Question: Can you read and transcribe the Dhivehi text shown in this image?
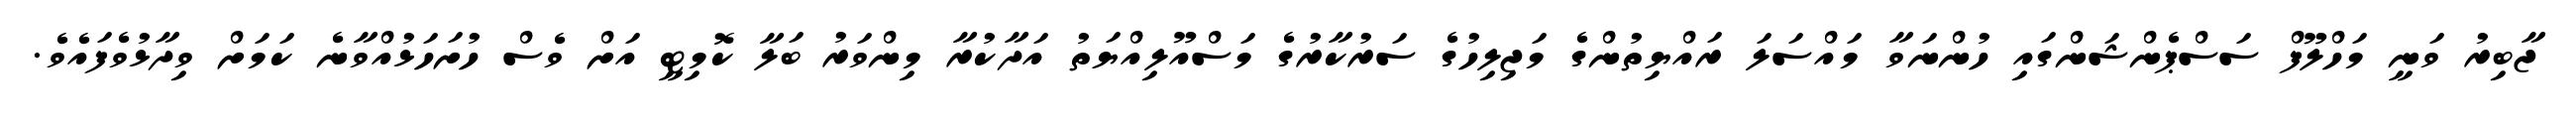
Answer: ޖާބިރު ވަނީ މަހްލޫފް ސަސްޕެންޝަންގައި ހުންނަވާ މައްސަލަ ރައްޔިތުންގެ މަޖިލިހުގެ ސަރުކާރުގެ މަސްއޫލިއްޔަތު އަދާކުރާ މިންވަރު ބަލާ ކޮމިޓީ އަށް ވެސް ހުށަހަޅުއްވާނެ ކަމަށް ވިދާޅުވެފައެވެ.